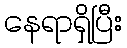
နေရာရှိပြီး